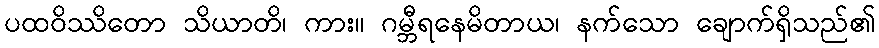
ပထဝိဿိတော သိယာတိ၊ ကား။ ဂမ္ဘီရနေမိတာယ၊ နက်သော ချောက်ရှိသည်၏